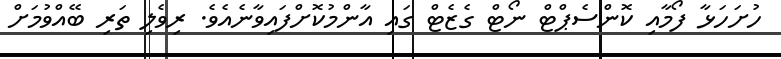
ހުށަހަޅާ ފޯމާއި ކޮންސެޕްޓް ނޯޓް ގެޒެޓް ގައި އާންމުކޮށްފައިވާނެއެވެ. ރިވެލި ތަރި ބޭއްވުމަށް